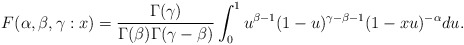
\begin{align*}F(\alpha,\beta,\gamma:x) = \frac{\Gamma(\gamma)}{\Gamma(\beta) \Gamma(\gamma-\beta)} \int_{0}^{1} u^{\beta-1}(1-u)^{\gamma-\beta-1} (1-xu)^{-\alpha}du. \end{align*}